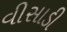
વીસાડી